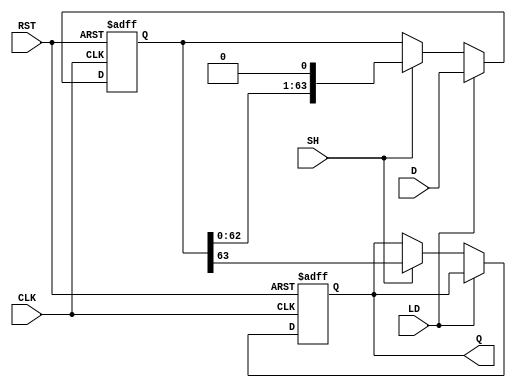
module PISO_Register (
    input wire [63:0] D,      // 64-bit parallel input data
    input wire LD,            // Load control signal
    input wire SH,            // Shift control signal
    input wire CLK,           // Clock signal
    input wire RST,           // Asynchronous reset signal
    output reg Q              // Serial output
);

    reg [63:0] shift_reg;     // 64-bit shift register

    // Asynchronous reset and loading/shifting logic
    always @(posedge CLK or posedge RST) begin
        if (RST) begin
            shift_reg <= 64'b0; // Clear the register on reset
            Q <= 1'b0;          // Clear output on reset
        end else begin
            if (LD) begin
                shift_reg <= D; // Load data into the register
            end else if (SH) begin
                Q <= shift_reg[63]; // Output the MSB
                shift_reg <= {shift_reg[62:0], 1'b0}; // Shift right
            end
        end
    end

endmodule